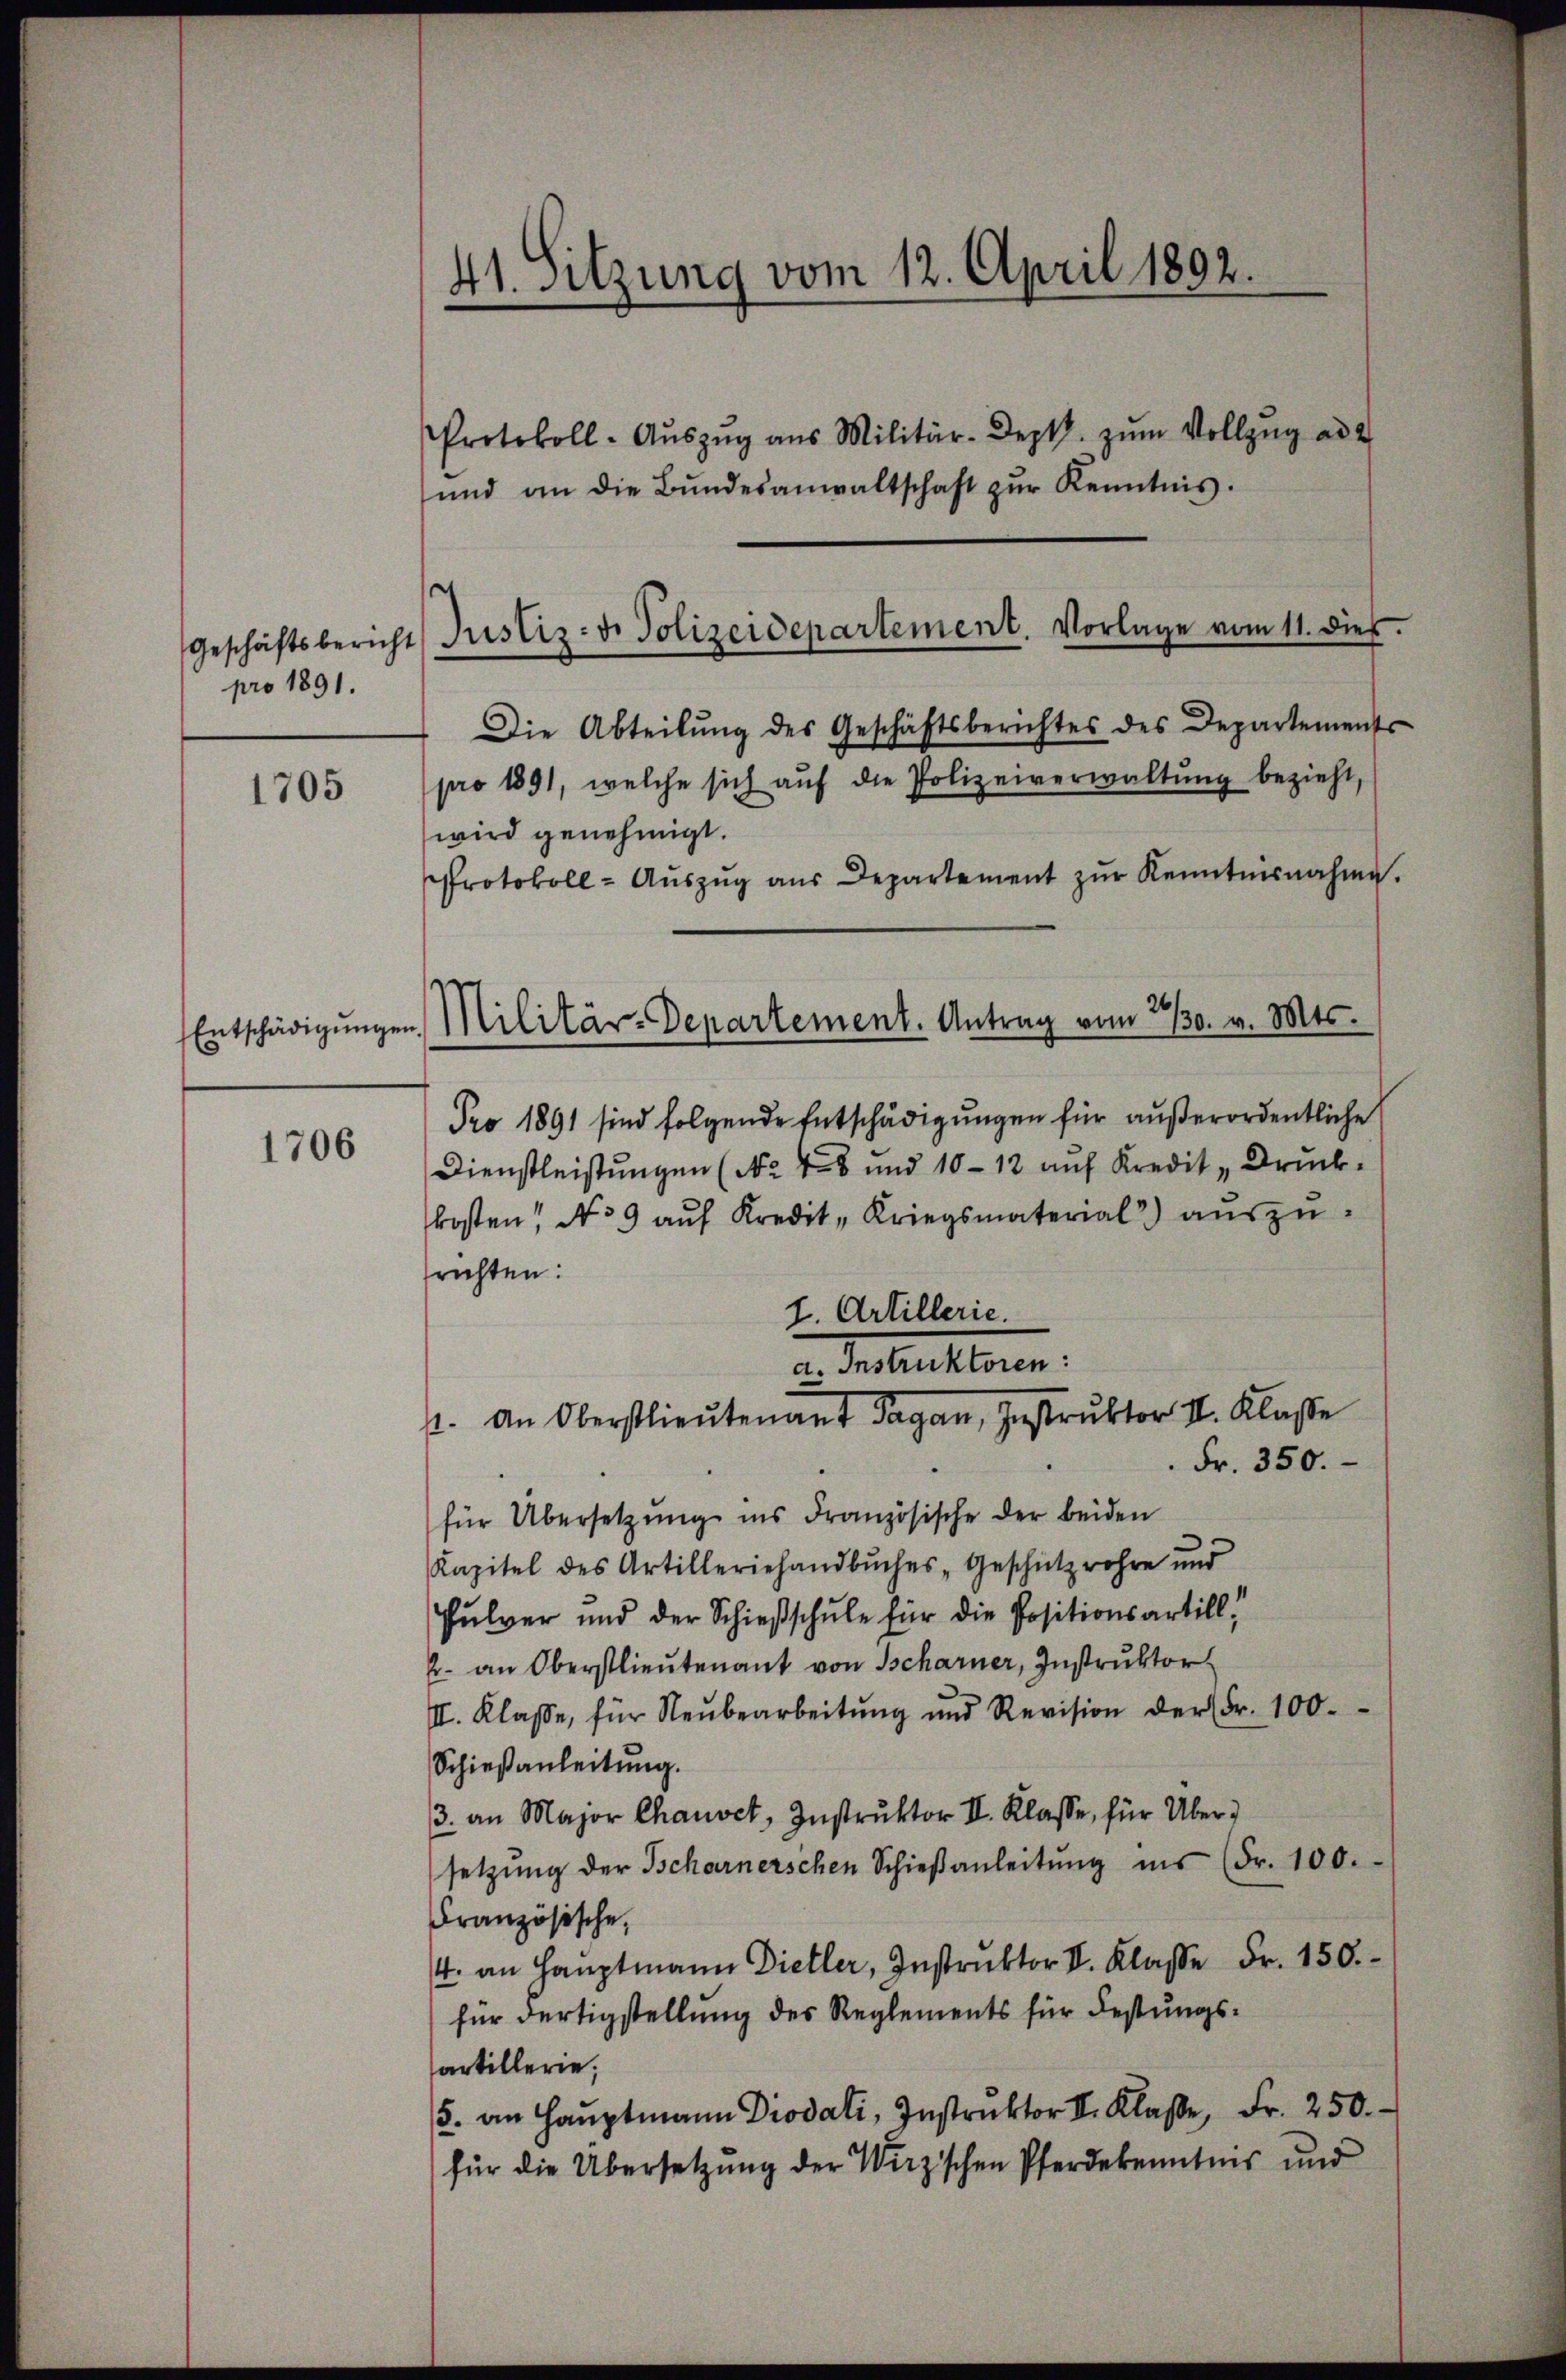
pro 1891.

1705

1706

41. Sitzung vom 12. April 1892.
Protokoll-Aŭszŭg ans Militär-Dept. zŭm Vollzŭg ad 2

und an die Bŭndesanwaltschaft zŭr Kenntnis.
Geschäftsbericht Justiz- v. Polizeidepartement. Vorlage vom 11. dieß.
Die Abteilŭng des Geschäftsberichtes des Departements
pro 1891, welche sich aŭf die Polizeiverwaltung bezieht,
wird genehmigt.
Protokoll- Aŭszŭg aŭs Departement zŭr Kenntnisnahme.
Pro 1891 sind folgende Entschädigungen für außerordentliche
Dienstleistungen (No 48 und 10-12 auf Kredit „Druckkosten No 9 auf Kredit Kriegsmaterial aŭszŭ-
richten:
I. Artillerie.
a. Instruktoren:
p. An Oberstlieutenant Sagan, Instruktor II. Klasse
 Fr. 350.
für Übersetzung ins Französische der beiden
Kapitel des Artilleriehandbuches Geschütz rohre und
Pulver und der Schießschule für die Positionsartill!
Er. an Oberstlieutenant von Tscharner, Instruktor
II. Klasse, für Neŭbearbeitŭng und Revision der Fr. 100.
Schieβanleitung.
3. an Major Chauvet, Instruktor II. Klasse, für Über
setzŭng der Tscharnerschen Schieβanleitŭng ins (Fr. 100.
Französische,
4. an Hauptmann Dietler, Instruktor V. Klasse Fr. 150.
für Fertigstellung des Reglements für Festungsartillerie,
/5. an Haŭptmann Diodati, Instrŭktor I. Klasse, Fr. 250.
für die Übersetzŭng der Wirzischen Pferdekenntnis und

Entschädigŭngen Militär-Departement. Antrag vom 2/30. v. Mts.